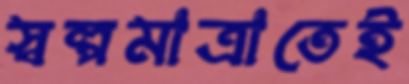
স্বল্পমাত্রাতেই